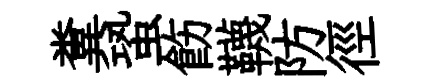
糞蛩飭韈防徑